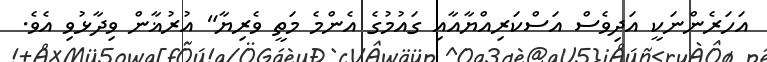
އަހަރެންނަކީ އަދިވެސް އަސްކަރިއްޔާއާއި ގައުމުގެ އެންމެ މަތީ ވެރިޔާ" އުރުޣާން ވިދާޅުވި އެވެ.